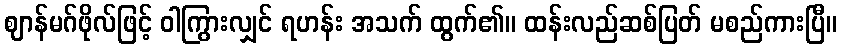
ဈာန်မဂ်ဖိုလ်ဖြင့် ဝါကြွားလျှင် ရဟန်း အသက် ထွက်၏။ ထန်းလည်ဆစ်ပြတ် မစည်ကားပြီ။